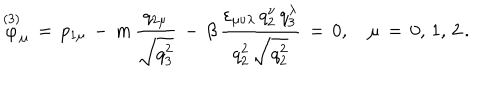
LaTeX: \stackrel { ( 3 ) } { \varphi } _ { \mu } \, = \, p _ { 1 \mu } \, - \, m \, \frac { q _ { 2 \mu } } { \sqrt { q _ { 3 } ^ { 2 } } } \, - \, \beta \, \frac { \varepsilon _ { \mu \nu \lambda } \, q _ { 2 } ^ { \nu } \, q _ { 3 } ^ { \lambda } } { q _ { 2 } ^ { 2 } \, \sqrt { q _ { 2 } ^ { 2 } } } \, = \, 0 , \quad \mu \, = \, 0 , \, 1 , \, 2 \, { . }